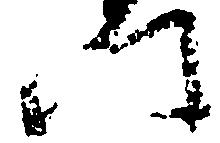
門